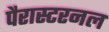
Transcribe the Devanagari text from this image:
पैरास्टरनल